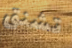
تشنق